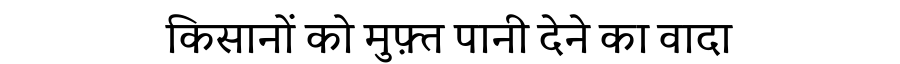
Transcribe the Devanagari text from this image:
किसानों को मुफ़्त पानी देने का वादा